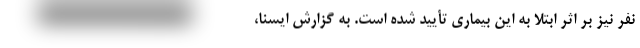
نفر نیز بر اثر ابتلا به این بیماری تأیید شده است. به گزارش ایسنا،